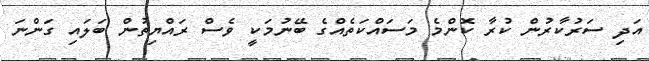
އަދި ސަރުކާރުން ކުރާ ކޮންމެ މަސައްކަތެއްގެ ބޭނުމަކީ ވެސް ރައްޔިތުން ބަލައި ގަންނަ